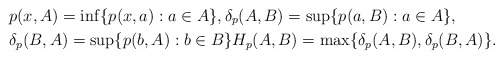
\begin{align*}&p(x,A)=\inf\{p(x,a):a\in A\},\delta_p(A,B)=\sup\{p(a,B):a\in A\},\\&\delta_p(B,A)=\sup\{p(b,A):b\in B\}H_p(A,B)=\max\{\delta_p(A,B),\delta_p(B,A)\}.\end{align*}